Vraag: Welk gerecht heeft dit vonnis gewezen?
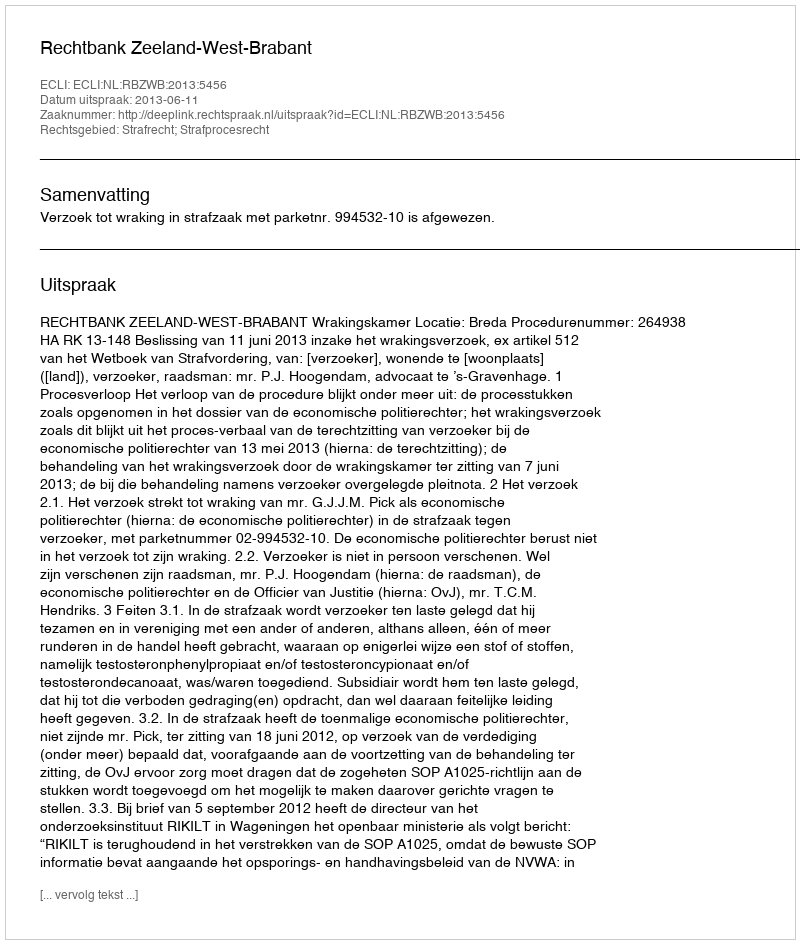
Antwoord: Rechtbank Zeeland-West-Brabant